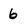
Character: 6